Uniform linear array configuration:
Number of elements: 8
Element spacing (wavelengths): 0.5
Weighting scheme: blackman
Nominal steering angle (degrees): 60
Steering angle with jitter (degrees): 60.51
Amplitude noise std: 0.05
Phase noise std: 0.05

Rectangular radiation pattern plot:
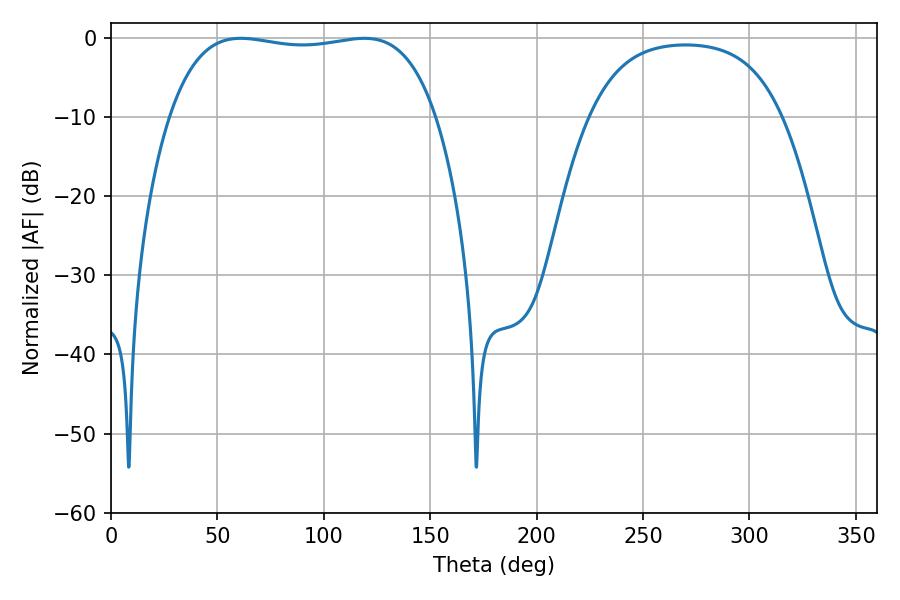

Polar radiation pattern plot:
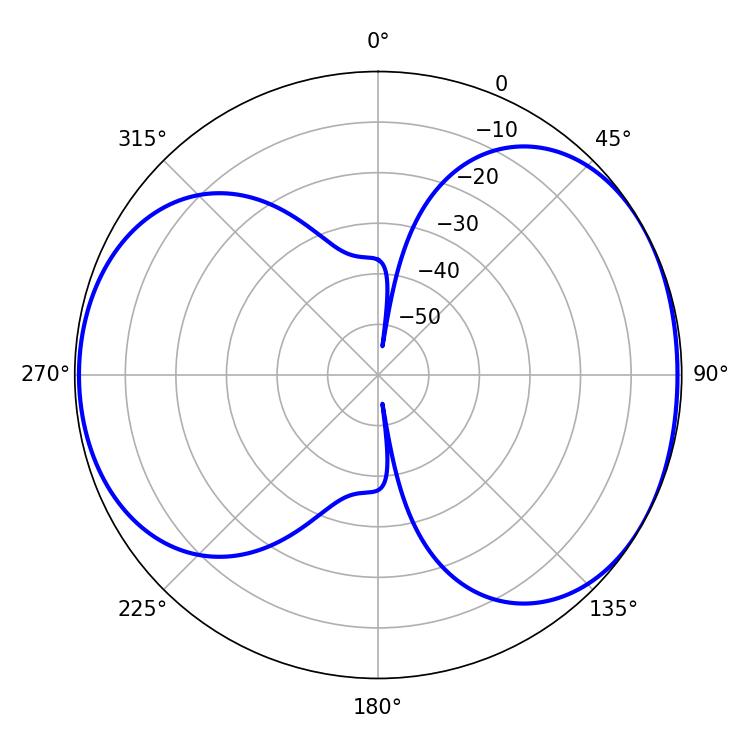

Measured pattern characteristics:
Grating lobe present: FALSE
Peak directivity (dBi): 5.194
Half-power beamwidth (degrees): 100.08
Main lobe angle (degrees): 61.02